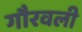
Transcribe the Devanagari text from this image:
गौरवली